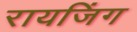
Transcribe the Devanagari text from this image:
रायजिंग